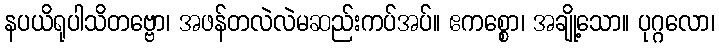
နပယိရုပါသိတဗ္ဗော၊ အဖန်တလဲလဲမဆည်းကပ်အပ်။ ဧကစ္စော၊ အချို့သော။ ပုဂ္ဂလော၊